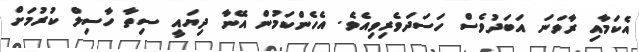
އެކަމާއި ރާވަނަ އަބަދުވެސް ހަސަދަވެރިވިއެވެ. އެހެންކަމުން އޭނާ ދިޔައީ ސިތާ ހާސިލް ކުރުމަށް